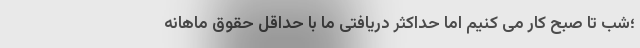
؛شب تا صبح کار می کنیم اما حداکثر دریافتی ما با حداقل حقوق ماهانه